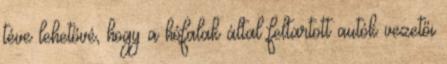
téve lehetővé, hogy a hófalak által feltartott autók vezetői